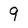
Character: 9